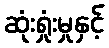
ဆုံးရှုံးမှုနှင့်